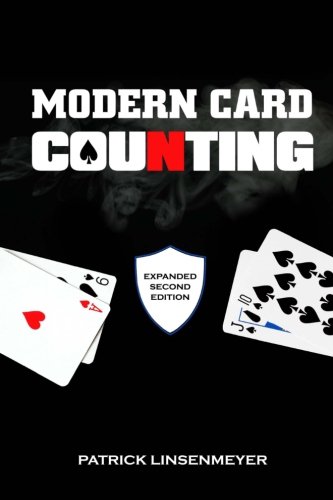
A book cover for Modern Card Counting: Blackjack; Patrick Linsenmeyer; Humor & Entertainment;